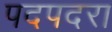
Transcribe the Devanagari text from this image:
पदपदरा